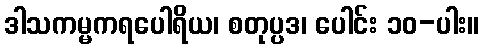
ဒါသကမ္မကရပေါရိယ၊ စတုပ္ပဒ၊ ပေါင်း ၁၀-ပါး။